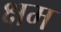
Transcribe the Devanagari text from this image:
क्षम